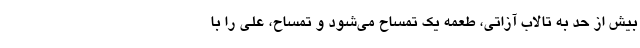
بیش از حد به تالاب آزاتی، طعمه یک تمساح می‌شود و تمساح، علی را با